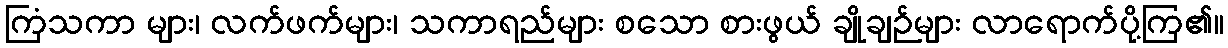
ကြံသကာ များ၊ လက်ဖက်များ၊ သကာရည်များ စသော စားဖွယ် ချိုချဉ်များ လာရောက်ပို့ကြ၏။